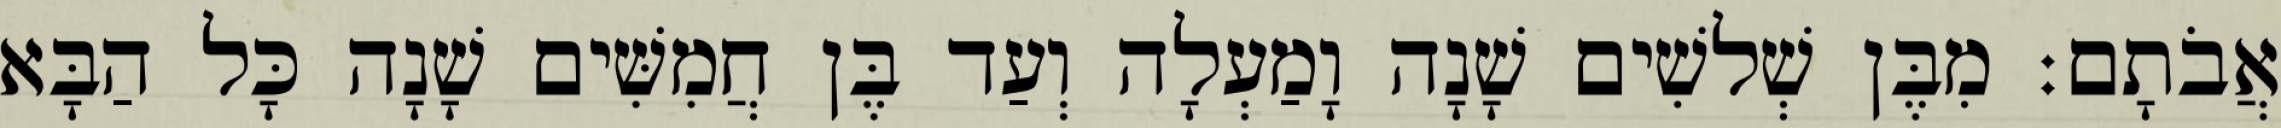
אֲבֹתָם׃ מִבֶּן שְׁלשִׁים שָׁנָה וָמַעְלָה וְעַד בֶּן חֲמִשִּׁים שָׁנָה כָּל הַבָּא